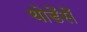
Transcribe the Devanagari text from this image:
थोडेंसें